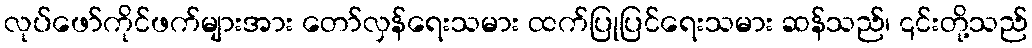
လုပ်ဖော်ကိုင်ဖက်များအား တော်လှန်ရေးသမား ထက်ပြုပြင်ရေးသမား ဆန်သည်၊ ၎င်းတို့သည်